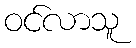
ဝင်လာသူ